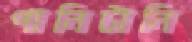
পানিটানি